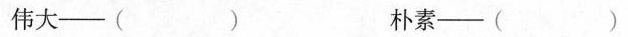
伟大——() 朴素——()